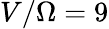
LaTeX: V/\Omega=9